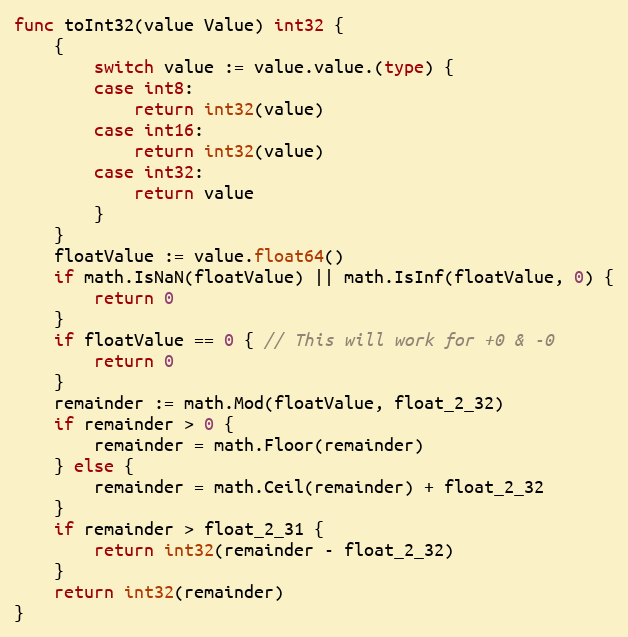
Language: Go
func toInt32(value Value) int32 {
	{
		switch value := value.value.(type) {
		case int8:
			return int32(value)
		case int16:
			return int32(value)
		case int32:
			return value
		}
	}
	floatValue := value.float64()
	if math.IsNaN(floatValue) || math.IsInf(floatValue, 0) {
		return 0
	}
	if floatValue == 0 { // This will work for +0 & -0
		return 0
	}
	remainder := math.Mod(floatValue, float_2_32)
	if remainder > 0 {
		remainder = math.Floor(remainder)
	} else {
		remainder = math.Ceil(remainder) + float_2_32
	}
	if remainder > float_2_31 {
		return int32(remainder - float_2_32)
	}
	return int32(remainder)
}